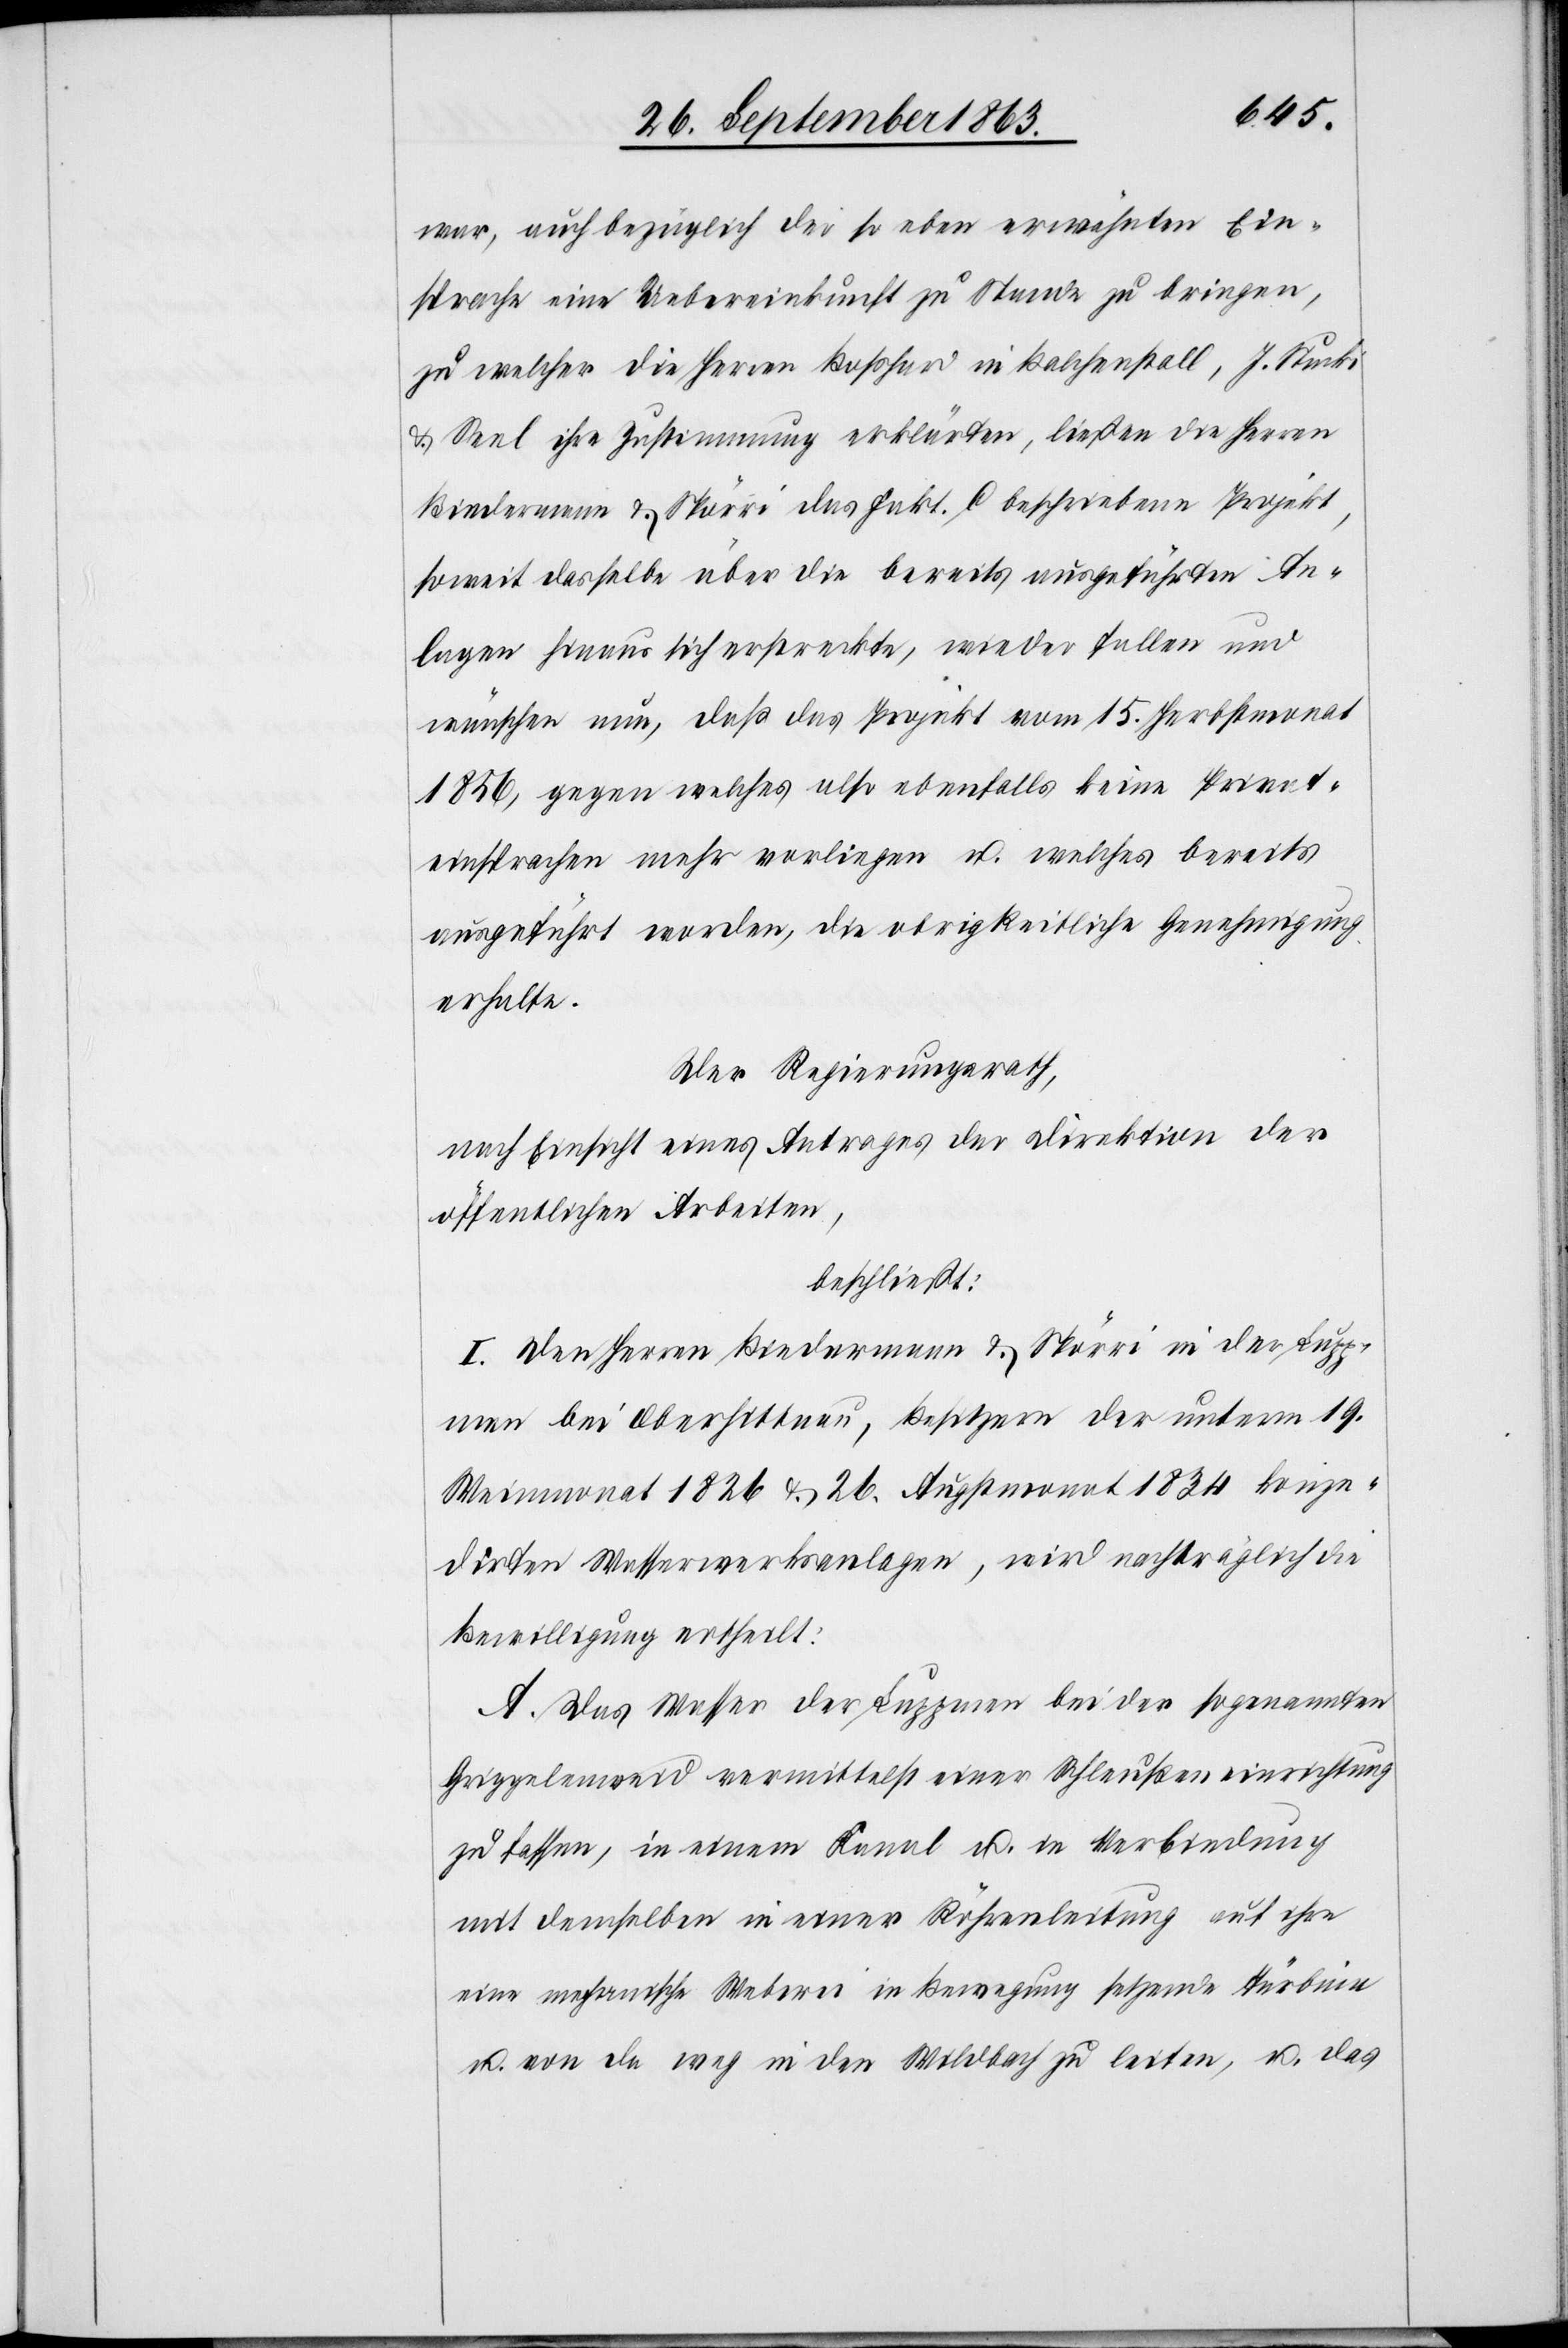
war, auch bezüglich der so eben erwähnten Ein¬
sprache eine Uebereinkunft zu Stande zu bringen,
zu welcher die Herren Boßhard in Balchenstall, J. Stucki
& Seel ihre Zustimmung erklärten, ließen die Herren
Biedermann & Spörri das Fakt. C beschriebene Projekt,
soweit dasselbe über die bereits ausgeführten An¬
lagen hinaus sich erstreckte, wieder fallen und
wünschen nun, daß das Projekt vom 15. Herbstmonat
1856, gegen welches also ebenfalls keine Privat¬
einsprachen mehr vorliegen u. welches bereits
ausgeführt worden, die obrigkeitliche Genehmigung
erhalte.
Der Regierungsrath,
nach Einsicht eines Antrages der Direktion der
öffentlichen Arbeiten,
beschließt:
I. Dem Herren Biedermann & Spörri in der Lupp¬
men bei Oberhittnau, Besitzern der unterm 19.
Weinmonat 1826 & 26. Augstmonat 1834 konze¬
dirten Wasserwerksanlagen, wird nachträglich die
Bewilligung ertheilt:
A. Das Wasser der Luppmen bei der sogenannten
Griggelenweid vermittelst einer Schleußeneinrichtung
zu fassen, in einem Kanal u. in Verbindung
mit demselben in einer Röhrenleitung auf ihre
eine mechanische Weberei in Bewegung setzende Türbine
u. von da weg in den Wildbach zu leiten, u. das